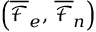
\left( \overline { \mathcal { F } } _ { e } , \, \overline { \mathcal { F } } _ { n } \right)